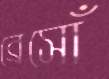
ব্রেসোঁ